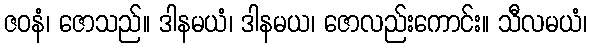
ဇဝနံ၊ ဇောသည်။ ဒါနမယံ၊ ဒါနမယ၊ ဇောလည်းကောင်း။ သီလမယံ၊